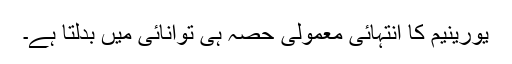
یورینیم کا انتہائی معمولی حصّہ ہی توانائی میں بدلتا ہے۔